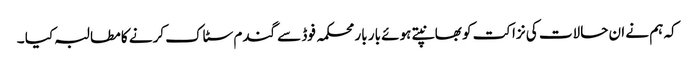
کہ ہم نے ان حالات کی نزاکت کو بھانپتے ہوئے بار بار محکمہ فوڈ سے گندم سٹاک کرنے کا مطالبہ کیا ۔